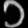
Digit: ၁